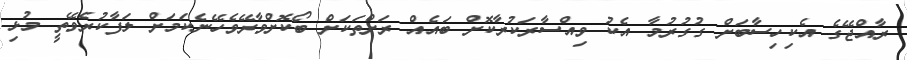
ރާއްޖޭގެ އެކިހިސާބަށް ގުގުރުމާ އެކު ވިއްސާރަކުރާކޮށް ބައެއް ރަށްތަކަށް ބޯކޮށްވާރޭވެހޭނެކަމަށް ލަފާކުރެވޭތީ މުޅި